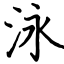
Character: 泳